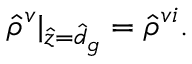
\hat { \rho } ^ { v } \vert _ { \hat { z } = \hat { d } _ { g } } = \hat { \rho } ^ { v i } .